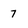
Character: 7